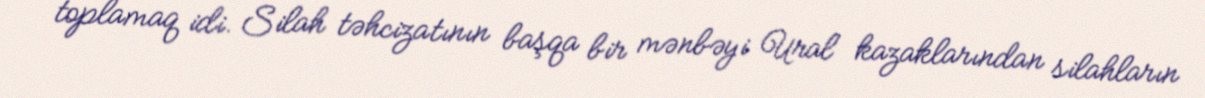
toplamaq idi. Silah təhcizatının başqa bir mənbəyi Ural kazaklarından silahların